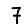
Digit: 7